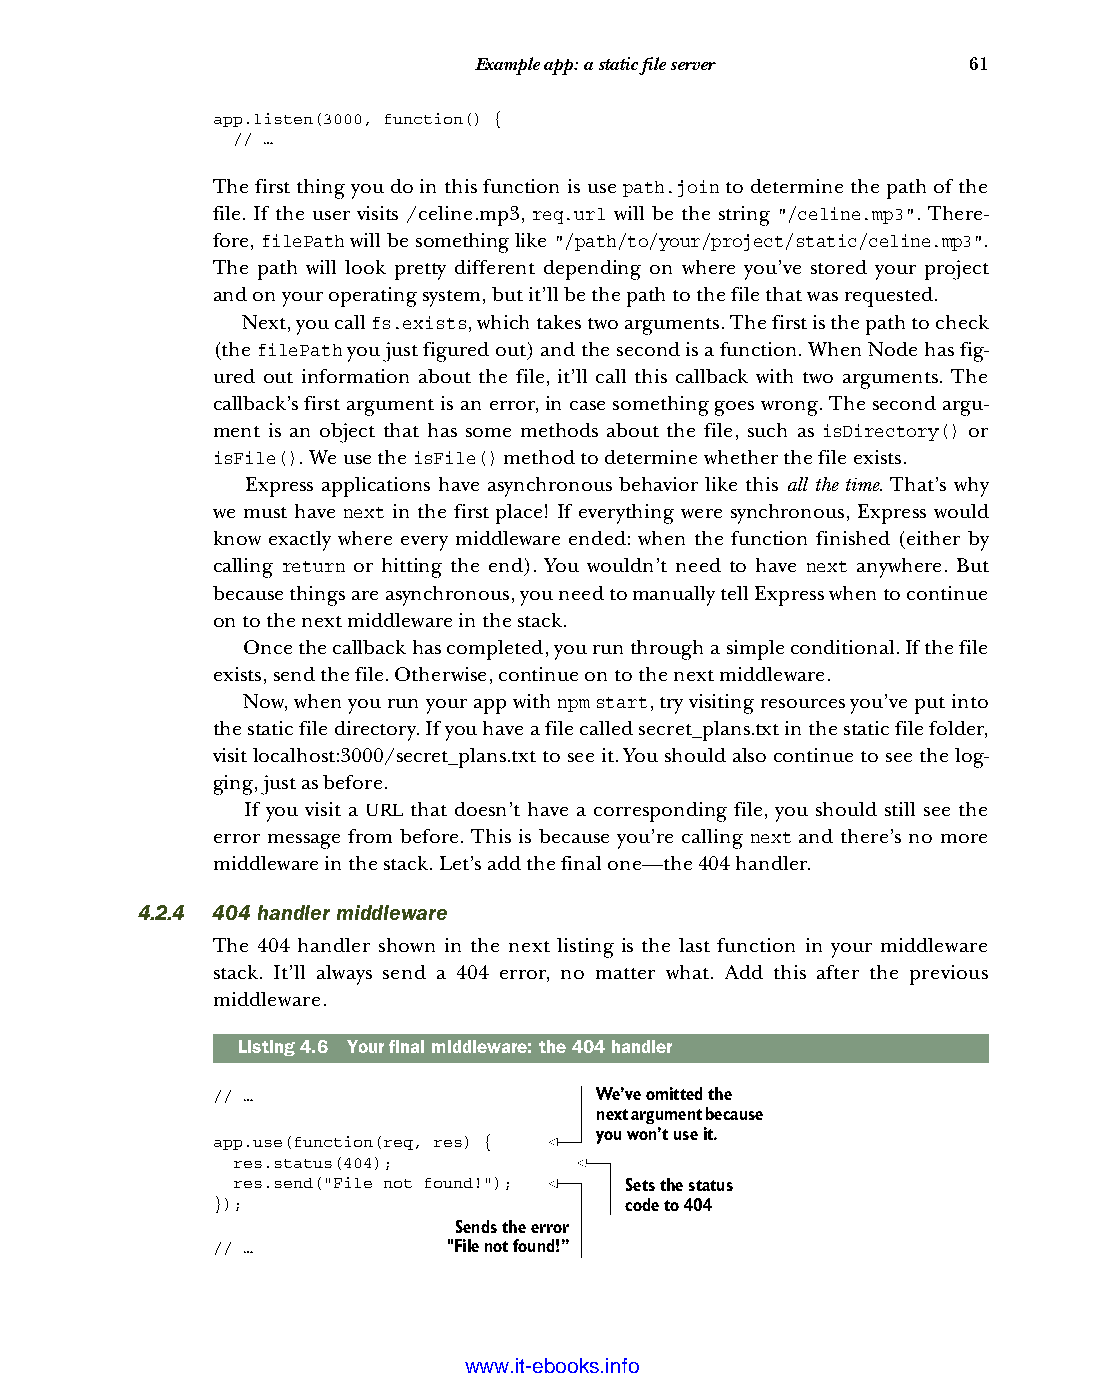
Example app: a static file server 61
 app.listen(3000, function() {
 // …
 The first thing you do in this function is use path.join to determine the path of the
 file. If the user visits /celine.mp3, req.url will be the string "/celine.mp3". There-
 fore, filePath will be something like "/path/to/your/project/static/celine.mp3".
 The path will look pretty different depending on where you’ve stored your project
 and on your operating system, but it’ll be the path to the file that was requested.
 Next, you call fs.exists, which takes two arguments. The first is the path to check
 (the filePath you just figured out) and the second is a function. When Node has fig-
 ured out information about the file, it’ll call this callback with two arguments. The
 callback’s first argument is an error, in case something goes wrong. The second argu-
 ment is an object that has some methods about the file, such as isDirectory() or
 isFile(). We use the isFile() method to determine whether the file exists.
 Express applications have asynchronous behavior like this all the time. That’s why
 we must have next in the first place! If everything were synchronous, Express would
 know exactly where every middleware ended: when the function finished (either by
 calling return or hitting the end). You wouldn’t need to have next anywhere. But
 because things are asynchronous, you need to manually tell Express when to continue
 on to the next middleware in the stack.
 Once the callback has completed, you run through a simple conditional. If the file
 exists, send the file. Otherwise, continue on to the next middleware.
 Now, when you run your app with npm start, try visiting resources you’ve put into
 the static file directory. If you have a file called secret_plans.txt in the static file folder,
 visit localhost:3000/secret_plans.txt to see it. You should also continue to see the log-
 ging, just as before.
 If you visit a URL that doesn’t have a corresponding file, you should still see the
 error message from before. This is because you’re calling next and there’s no more
 middleware in the stack. Let’s add the final one—the 404 handler.
 4.2.4 404 handler middleware
 The 404 handler shown in the next listing is the last function in your middleware
 stack. It’ll always send a 404 error, no matter what. Add this after the previous
 middleware.
 Listing4.6 Your final middleware: the 404 handler
 // …                     We’ve omitted the
 next argument because
 you won’t use it.
 app.use(function(req, res) {
 res.status(404);
 res.send("File not found!"); Sets the status
 });                        code to 404
 Sends the error
 // …            "File not found!”
 Licensed wtow w <.mit-ielebro.8o8k8s@.ingfomail.com>